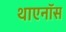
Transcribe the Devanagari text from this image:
थाएनॉस